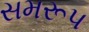
સમરૂપ